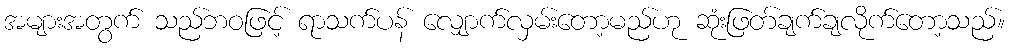
အများအတွက် သည်ဘဝဖြင့် ရာသက်ပန် လျှောက်လှမ်းတော့မည်ဟု ဆုံးဖြတ်ချက်ချလိုက်တော့သည်။